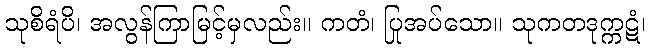
သုစိရံပိ၊ အလွန်ကြာမြင့်မှလည်း။ ကတံ၊ ပြုအပ်သော။ သုကတဒုက္ကဋံ၊